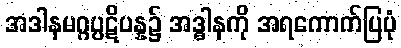
အဒါနမဂ္ဂပ္ပဋိပန္န၌ အဒ္ဓါနကို အရကောက်ပြပုံ